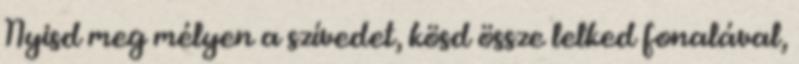
Nyisd meg mélyen a szívedet, kösd össze lelked fonalával,